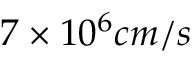
7 \times 1 0 ^ { 6 } c m / s